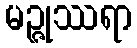
မဉ္ဇုဿရာ